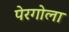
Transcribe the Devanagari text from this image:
पेरगोला